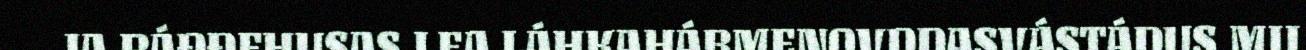
JA RÁĐĐEHUSAS LEA LÁHKAHÁBMENOVDDASVÁSTÁDUS MII